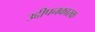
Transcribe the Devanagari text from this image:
उद्दीपनकारक